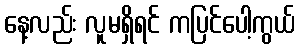
နေ့လည်း လူမရှိရင် ကပြင်ပေါ့ကွယ်